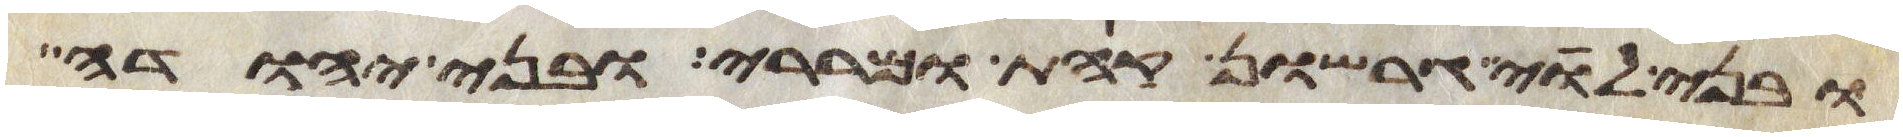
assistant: ובני לוי גרשון קהת ומררי ובני יהודה